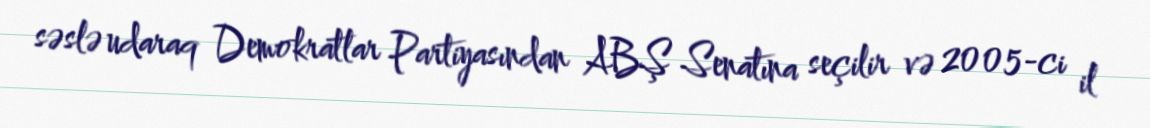
səslə udaraq Demokratlar Partiyasından ABŞ Senatına seçilir və 2005-ci il